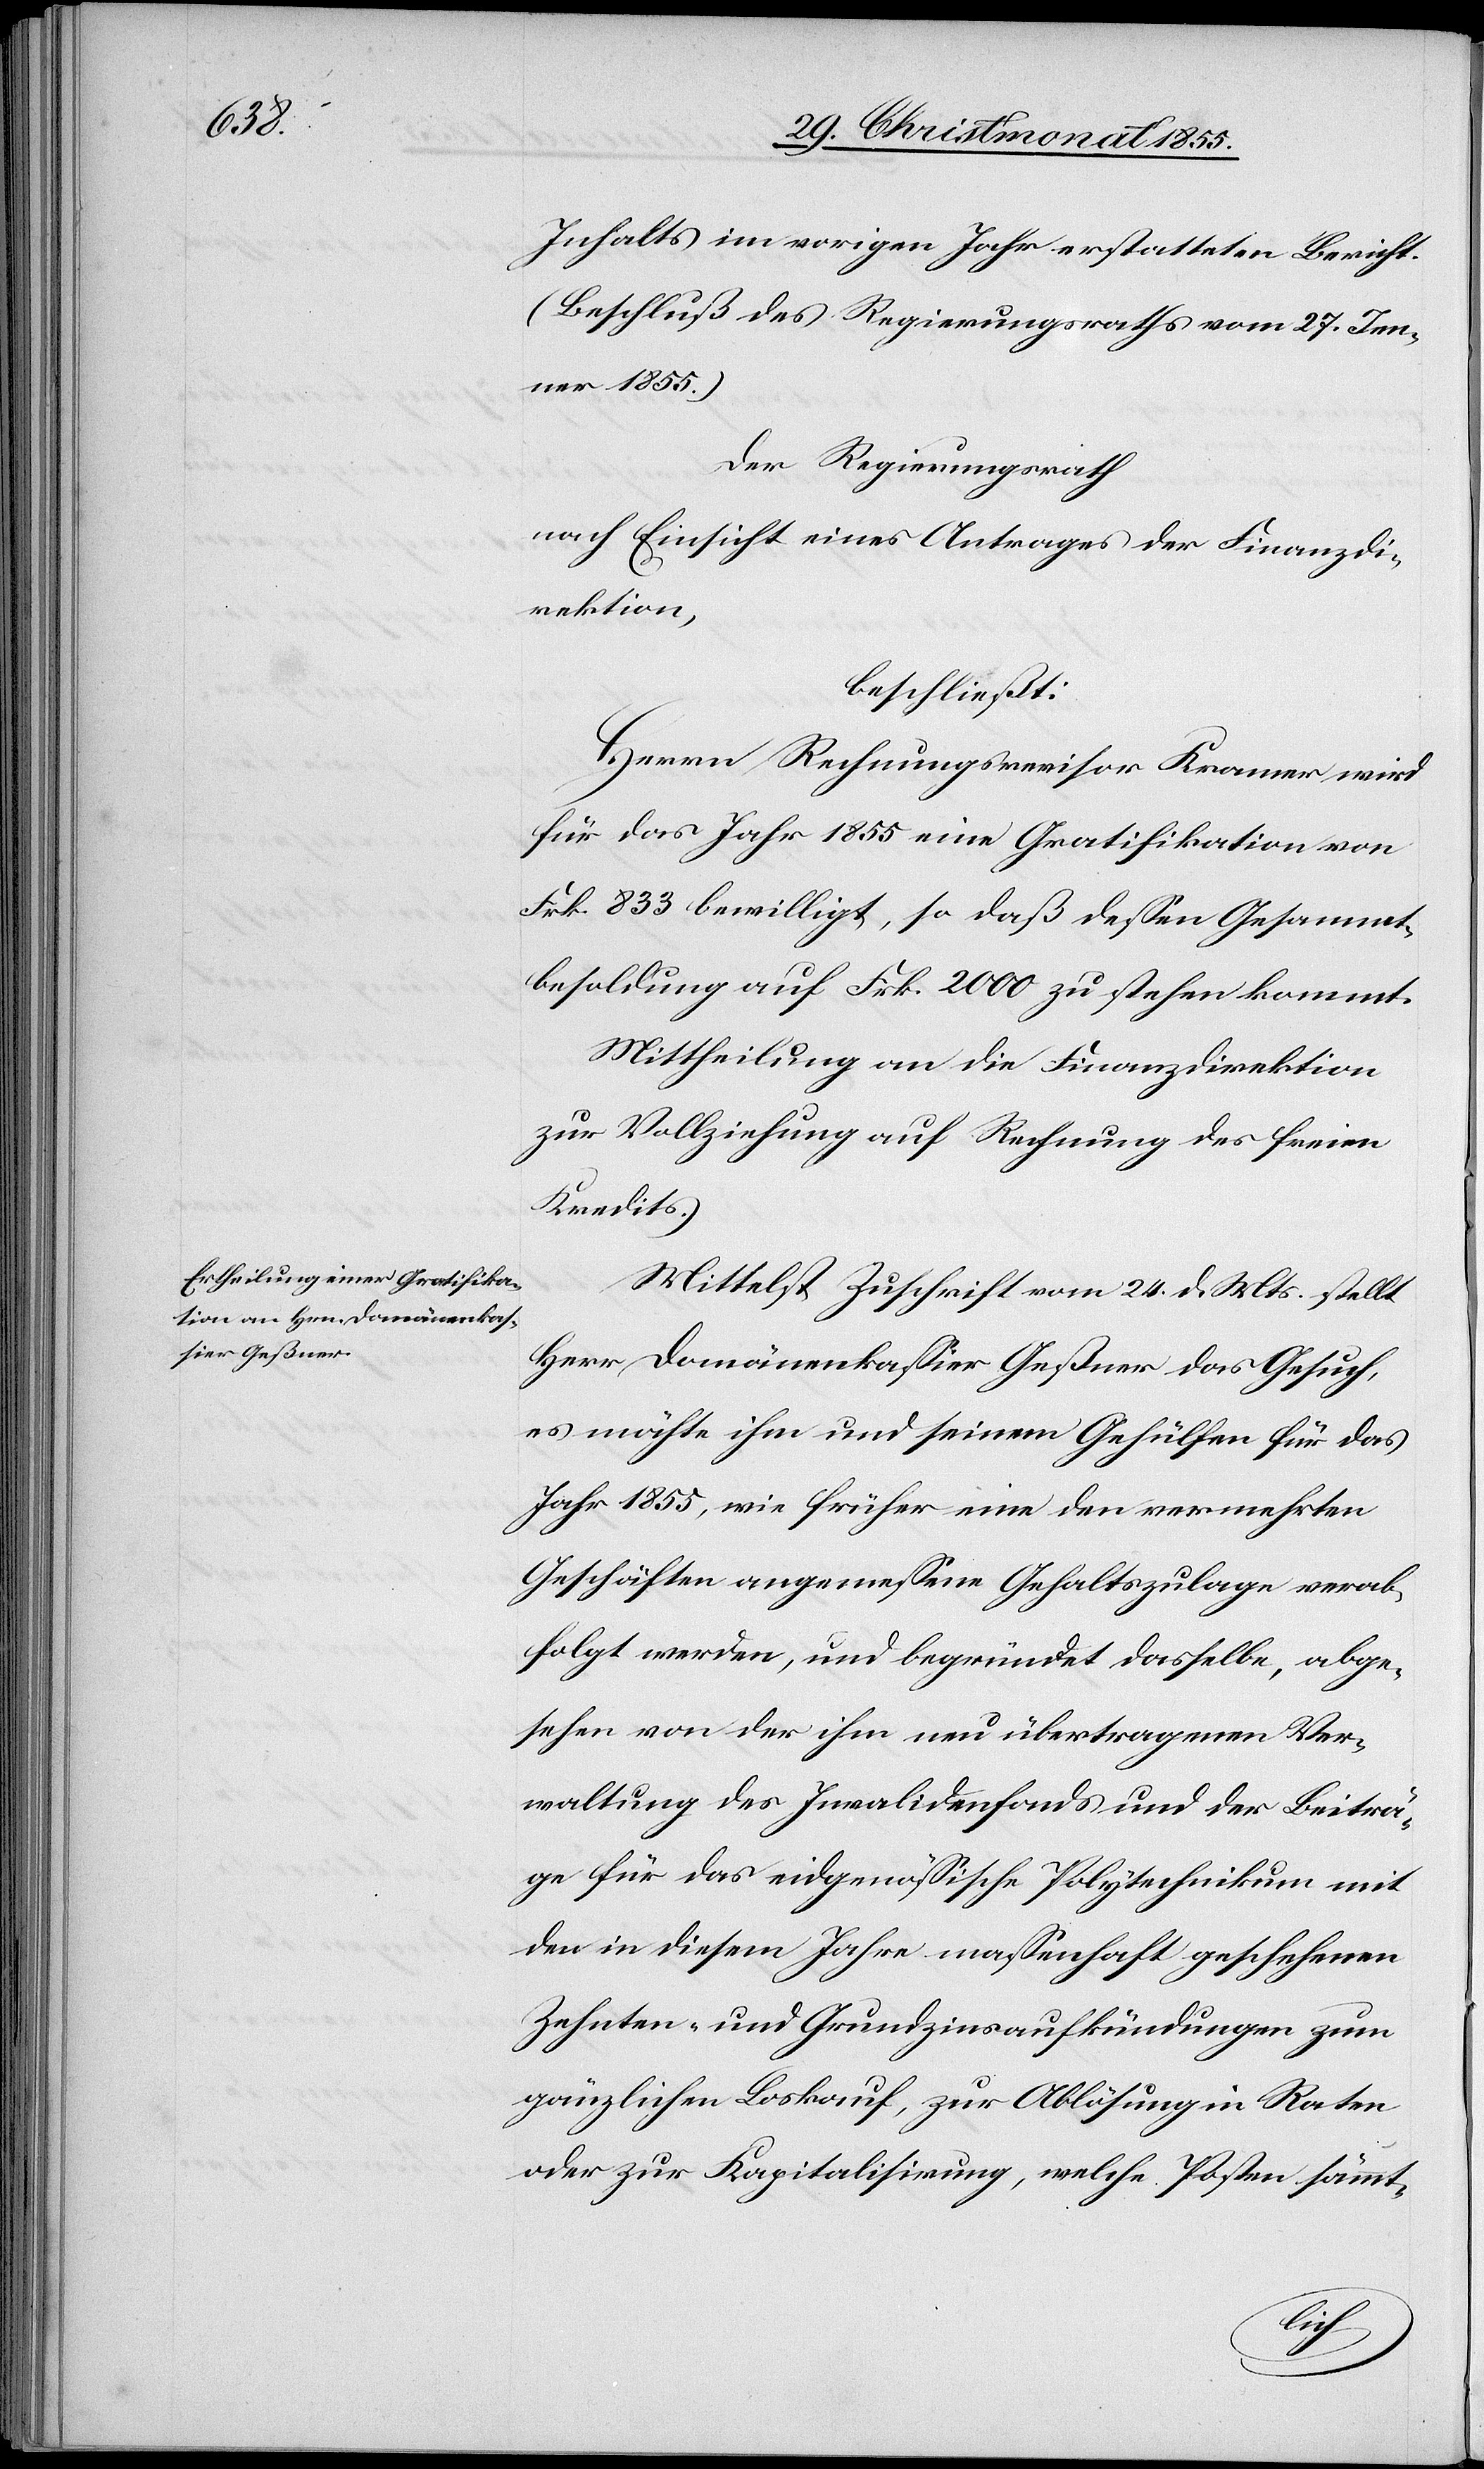
Inhalts im vorigen Jahr erstatteten Bericht.
(Beschluß des Regierungsraths vom 27. Jen¬
ner 1855.)
Der Regierungsrath
nach Einsicht eines Antrages der Finanzdi¬
rektion,
beschließt:
Herrn Rechnungsrevisor Kramer wird
für das Jahr 1855 eine Gratifikation von
Frk. 833 bewilligt, so daß dessen Gesammt¬
besoldung auf Frk. 2000 zu stehen kommt.
Mittheilung an die Finanzdirektion
zur Vollziehung auf Rechnung des freien
Kredits.
Mittelst Zuschrift vom 24. d. Mts. stellt
Herr Domänenkassier Geßner das Gesuch,
es möchte ihm und seinem Gehülfen für das
Jahr 1855, wie früher eine den vermehrten
Geschäften angemessene Gehaltszulage verab¬
folgt werden, und begründet dasselbe, abge¬
sehen von der ihm neu übertragenen Ver¬
waltung des Invalidenfonds und der Beiträ¬
ge für das eidgenössische Polytechnikum mit
den in diesem Jahre massenhaft geschehenen
Zehnten- und Grundzinsaufkündungen zum
gänzlichen Loskauf, zur Ablösung in Raten
oder zur Kapitalisirung, welche Posten sämmt-